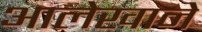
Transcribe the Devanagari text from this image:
आलेखाने